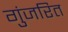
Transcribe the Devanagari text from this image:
गुंजरित